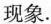
现象.